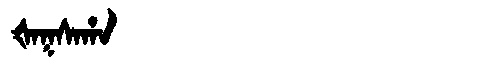
Manchu: ᡧᠠᡴᠰᠠᡥᠠ
Romanization: ŠAKSAHA